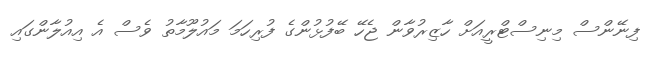
ފިނޭންސް މިނިސްޓްރީއަށް ހާޒިރުވާން ޖެހޭ ބޭފުޅުންގެ ފުރިހަަމަ މައުލޫމާތު ވެސް އެ އިއުލާންގައި